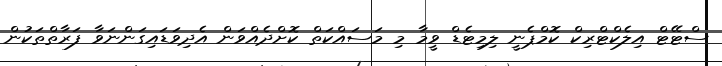
ސްޓޭޓް އިލެކްޓްރިކް ކޮމްޕެނީ ލިމިޓެޑް ވީމާ މި މަސައްކަތް ކޮށްދެއްވަން އެދިވަޑައިގަންނަވާ ފަރާތްތަކުން